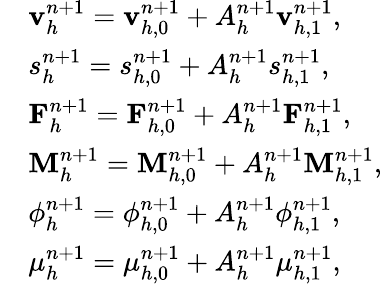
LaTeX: \begin{array}{rl}&{\mathbf{v}_{h}^{n+1}=\mathbf{v}_{h,0}^{n+1}+A_{h}^{n+1}\mathbf{v}_{h,1}^{n+1},}\\ &{s_{h}^{n+1}=s_{h,0}^{n+1}+A_{h}^{n+1}s_{h,1}^{n+1},}\\ &{\mathbf{F}_{h}^{n+1}=\mathbf{F}_{h,0}^{n+1}+A_{h}^{n+1}\mathbf{F}_{h,1}^{n+1},}\\ &{\mathbf{M}_{h}^{n+1}=\mathbf{M}_{h,0}^{n+1}+A_{h}^{n+1}\mathbf{M}_{h,1}^{n+1},}\\ &{\phi_{h}^{n+1}=\phi_{h,0}^{n+1}+A_{h}^{n+1}\phi_{h,1}^{n+1},}\\ &{\mu_{h}^{n+1}=\mu_{h,0}^{n+1}+A_{h}^{n+1}\mu_{h,1}^{n+1},}\end{array}